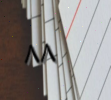
٨٨